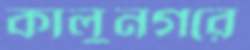
কালুনগরে